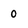
Character: 0